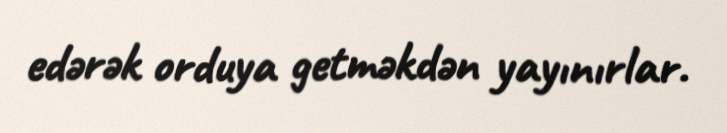
edərək orduya getməkdən yayınırlar.